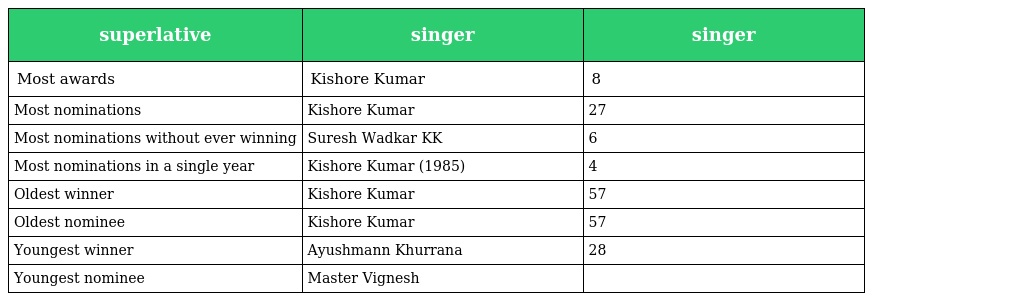
| superlative | singer | singer |
 | --- | --- | --- |
 | Most awards | Kishore Kumar | 8 |
 | Most nominations | Kishore Kumar | 27 |
 | Most nominations without ever winning | Suresh Wadkar KK | 6 |
 | Most nominations in a single year | Kishore Kumar (1985) | 4 |
 | Oldest winner | Kishore Kumar | 57 |
 | Oldest nominee | Kishore Kumar | 57 |
 | Youngest winner | Ayushmann Khurrana | 28 |
 | Youngest nominee | Master Vignesh |  |